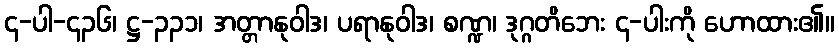
၄-ပါ-၄၃၆၊ ဋ္ဌ-၃၃၁၊ အတ္တာနုဝါဒ၊ ပရာနုဝါဒ၊ စဏ္ဍ၊ ဒုဂ္ဂတိဘေး ၄-ပါးကို ဟောထား၏။